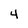
Character: 4